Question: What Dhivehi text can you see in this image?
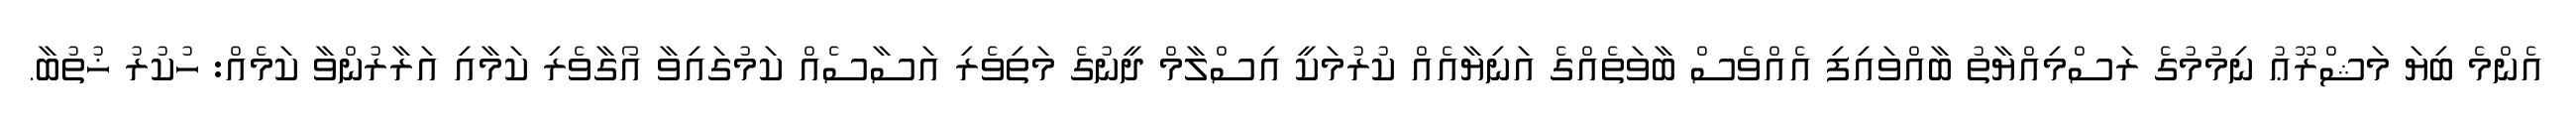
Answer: އެންމެ ބިޔަ މަޝްރޫޢު ނިމުމުގެ ރަސްމިއްޔާތު ބާއްވައިފި އެއްވެސް ބާވަތެއްގެ އަނިޔާއެއް ކުރުމަކީ އިސްލާމް ދީނުގެ މަތިވެރި އަސާސެއް ކަމުގައިވާ އޯގާވެރި ކަމާއި އަރާރުންވާ ކަމެއް: ހުކުރު ޚުތުބާ.